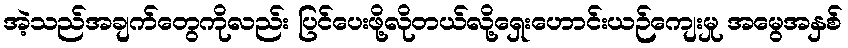
အဲ့သည်အချက်တွေကိုလည်း ပြင်ပေးဖို့လိုတယ်လို့ရှေးဟောင်းယဉ်ကျေးမှု အမွေအနှစ်